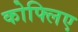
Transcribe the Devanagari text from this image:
कोफ्लिए